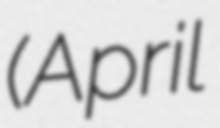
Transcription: (April